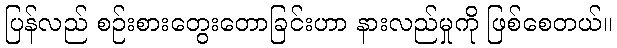
ပြန်လည် စဉ်းစားတွေးတောခြင်းဟာ နားလည်မှုကို ဖြစ်စေတယ်။